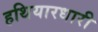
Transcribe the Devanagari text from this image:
हथियारधारी